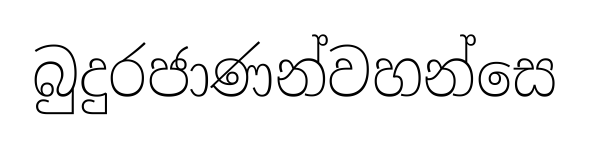
බුදුරජාණන්වහන්සෙ